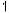
1